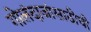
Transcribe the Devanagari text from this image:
गोलंदाजांसाठीची